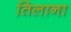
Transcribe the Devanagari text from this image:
तिलाना